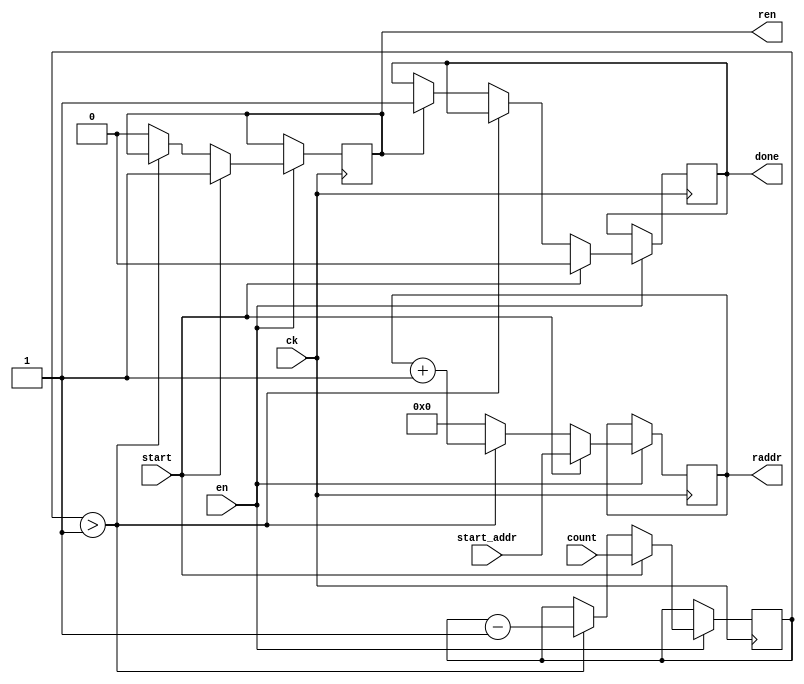
module corr_fetch
    #(parameter ADDR_W=8, parameter COUNT_W=4)
   (input wire ck,
    input wire en,
    input wire start,
    input wire [(COUNT_W-1):0] count,
    input wire [(ADDR_W-1):0] start_addr,
    output reg [(ADDR_W-1):0] raddr,
    output reg ren,
    output reg done
);

    reg [(COUNT_W-1):0] counter = 0;

    initial begin
        raddr = 0;
        ren = 0;
        done = 0;
    end

    always @(posedge ck) begin
        if (en) begin
            if (start) begin
                raddr <= start_addr;
                ren <= 1;
                done <= 0;
                counter <= count;
            end else begin
                if (counter > 1) begin
                    counter <= counter - 1;
                    raddr <= raddr + 1;
                end else begin
                    if (ren)
                        done <= 1;
                    ren <= 0;
                    raddr <= 0;
                end
            end
        end
    end

endmodule